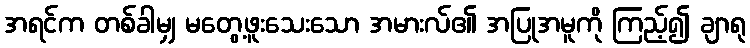
အရင်က တစ်ခါမျှ မတွေ့ဖူးသေးသော အမားလ်၏ အပြုအမူကို ကြည့်၍ ချာရု